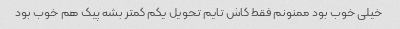
خیلی خوب بود ممنونم فقط کاش تایم تحویل یکم کمتر بشه پیک هم خوب بود